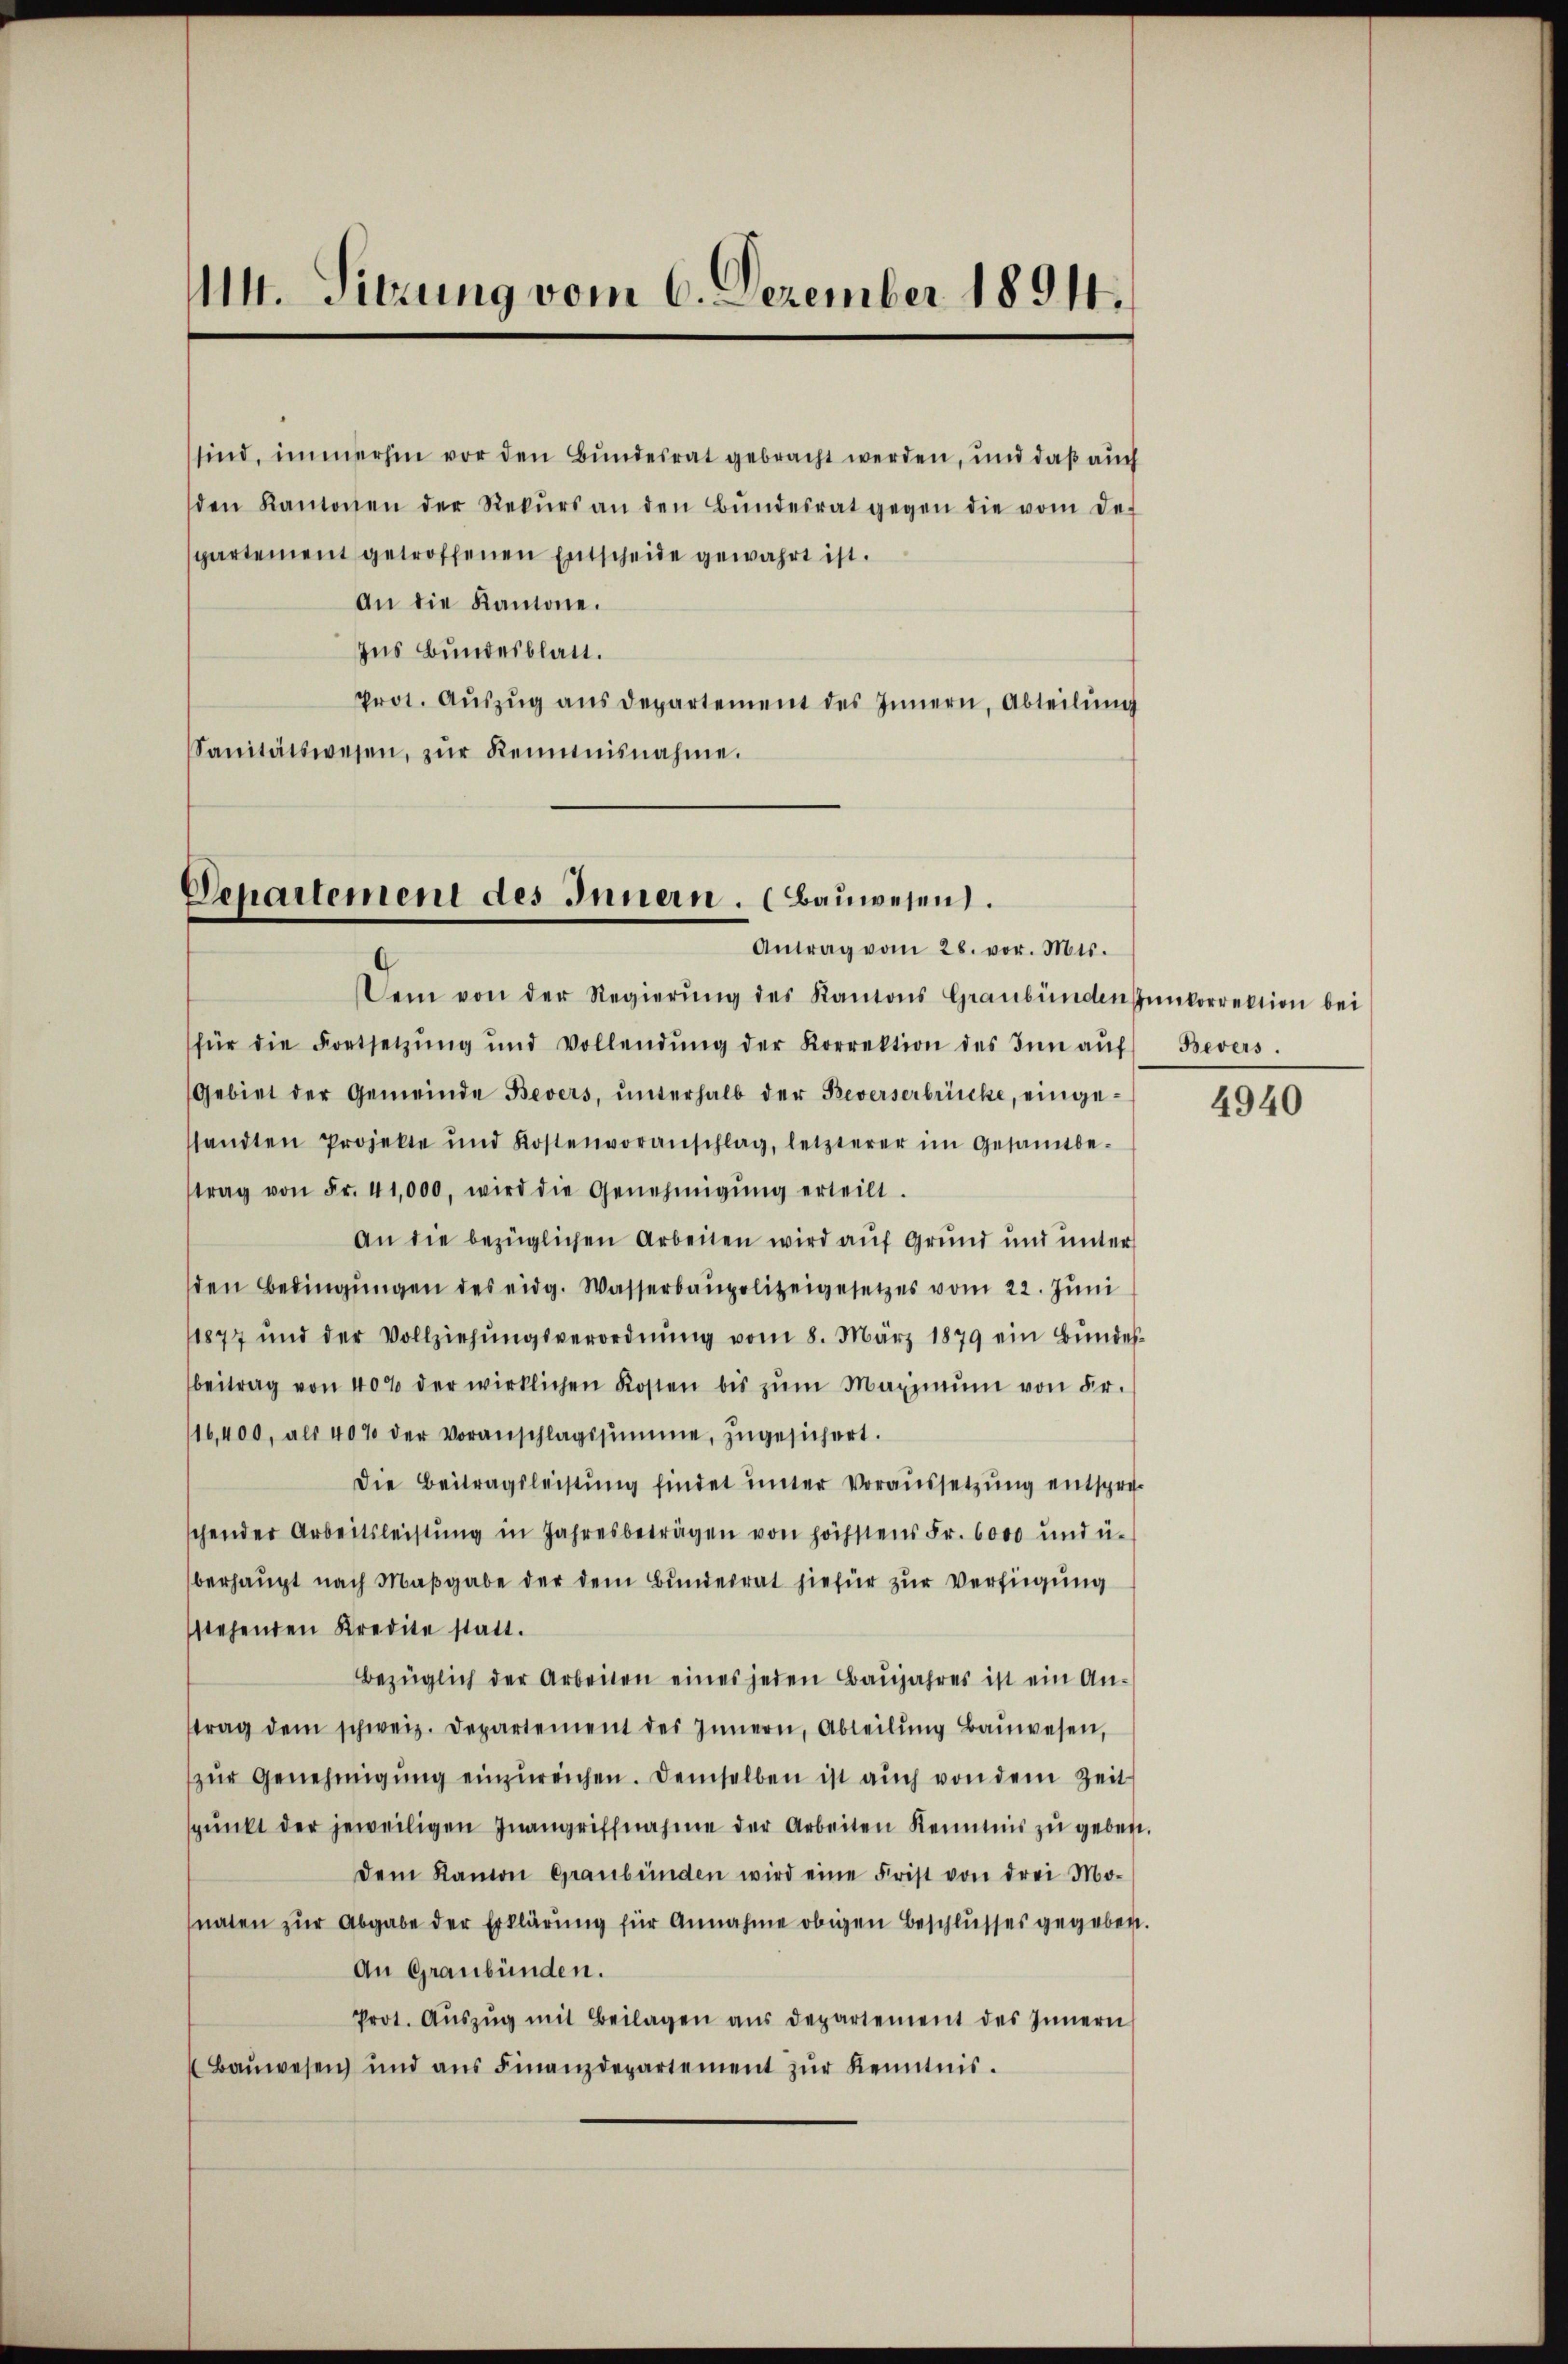
14. Sitzung vom 6. Dezember 1894.

sind, immerhin vor den Bundesrat gebracht werden, und daß auch
den Kantonen der Rekŭrs an den Bŭndesrat gegen die vom de
spartement getroffenen Entscheide gewahrt ist.
An die Kantone.
Ins Bundesblatt.
prot. Aŭszŭg ans departement des Innern, Abteilŭng
Sanitätswesen, zŭr Reimnisnahme.

Departement des Innern. (Bauwesen.
Antrag vom 28. vor. Mts.

Dem von der Regierŭng des Kantons Graubünden pŭnkorrektion bei
für die Fortsetzŭng und Vollendŭng der Korrektion des Inn aŭf Bevers.
Gebiet der Gemeinde Bevers, unterhalb der Beverserbrücke, eingesandten Projekte und Kostenvoranschlag, letzterer im Gesamtbe-
trag von Fr. 41,000, wird die Genehmigŭng erteilt.
An die bezüglichen Arbeiten wird auf Grund und unter
den Bedingŭngen des eidg. Wasserbaupolizeigesetzes vom 22. Juni
1877 und der Vollziehŭngsverordnŭng vom 8. März 1879 ein Bŭndes-
beitrag von 40% der wirklichen Kosten bis zŭm Maximŭm von Fr.
/16,400, als 40% der Voranschlagssumme, zugesichert.
Die Beitragsleistung findet unter Voraussetzung entspreschender Arbeitsleistŭng in Jahresbeträgen von höchstens Fr. 6000 und u.
berhaupt nach Maßgabe der dem Bundesrat hiefür zur Verfügung
stehenden Kredite statt.
Bezüglich der Arbeiten eines jeden Baŭjahres ist ein An-
trag dem schweiz. Departement des Innern, Abteilŭng Baŭwesen,
zŭr Genehmigŭng einzŭreichen. Demselben ist auch von dem Zeit
pŭnkt der jeweiligen Inangriffnahme der Arbeiten Kenntnis zŭ geben.
dem Ramon Graubünden wird eine Frist von drei Mo-
naten zŭr Abgabe der Erklärung für Annahme obigen Beschlusses gegeben.
An Graubünden.
Prot. Aŭszŭg mit Beilagen aŭs departement des Innern
(Baŭwesen ŭnd aŭs Finanzdepartement zŭr Kenntnis.

4940